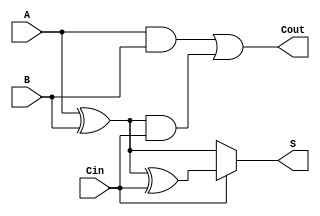
module conditional_sum_full_adder (
    input wire A,      // First significant bit
    input wire B,      // Second significant bit
    input wire Cin,    // Carry input
    output wire S,     // Sum output
    output wire Cout   // Carry output
);

// Intermediate signals
wire S0;            // Sum without carry
wire S1;            // Sum with carry
wire C1;            // Carry condition from A and B
wire C2;            // Carry condition from (A XOR B) and Cin

// Sum calculations
assign S0 = A ^ B;             // S0 = A XOR B
assign S1 = S0 ^ Cin;          // S1 = S0 XOR Cin

// Conditional sum output based on Cin
assign S = (Cin) ? S1 : S0;    // S = S1 if Cin = 1, else S = S0

// Carry-out calculations
assign C1 = A & B;             // C1 = A AND B
assign C2 = S0 & Cin;          // C2 = (A XOR B) AND Cin

// Final carry-out output
assign Cout = C1 | C2;         // Cout = C1 OR C2

endmodule